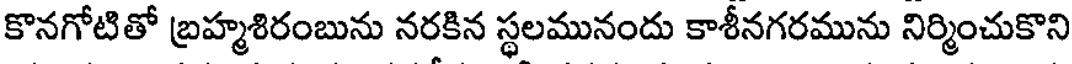
కొనగోటితో బ్రహ్మశిరంబును నరకిన స్థలమునందు కాశీనగరమును నిర్మించుకొని